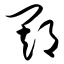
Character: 期